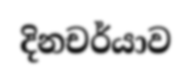
දිනචර්යාව